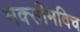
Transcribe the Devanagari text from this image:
मक्सीमविच